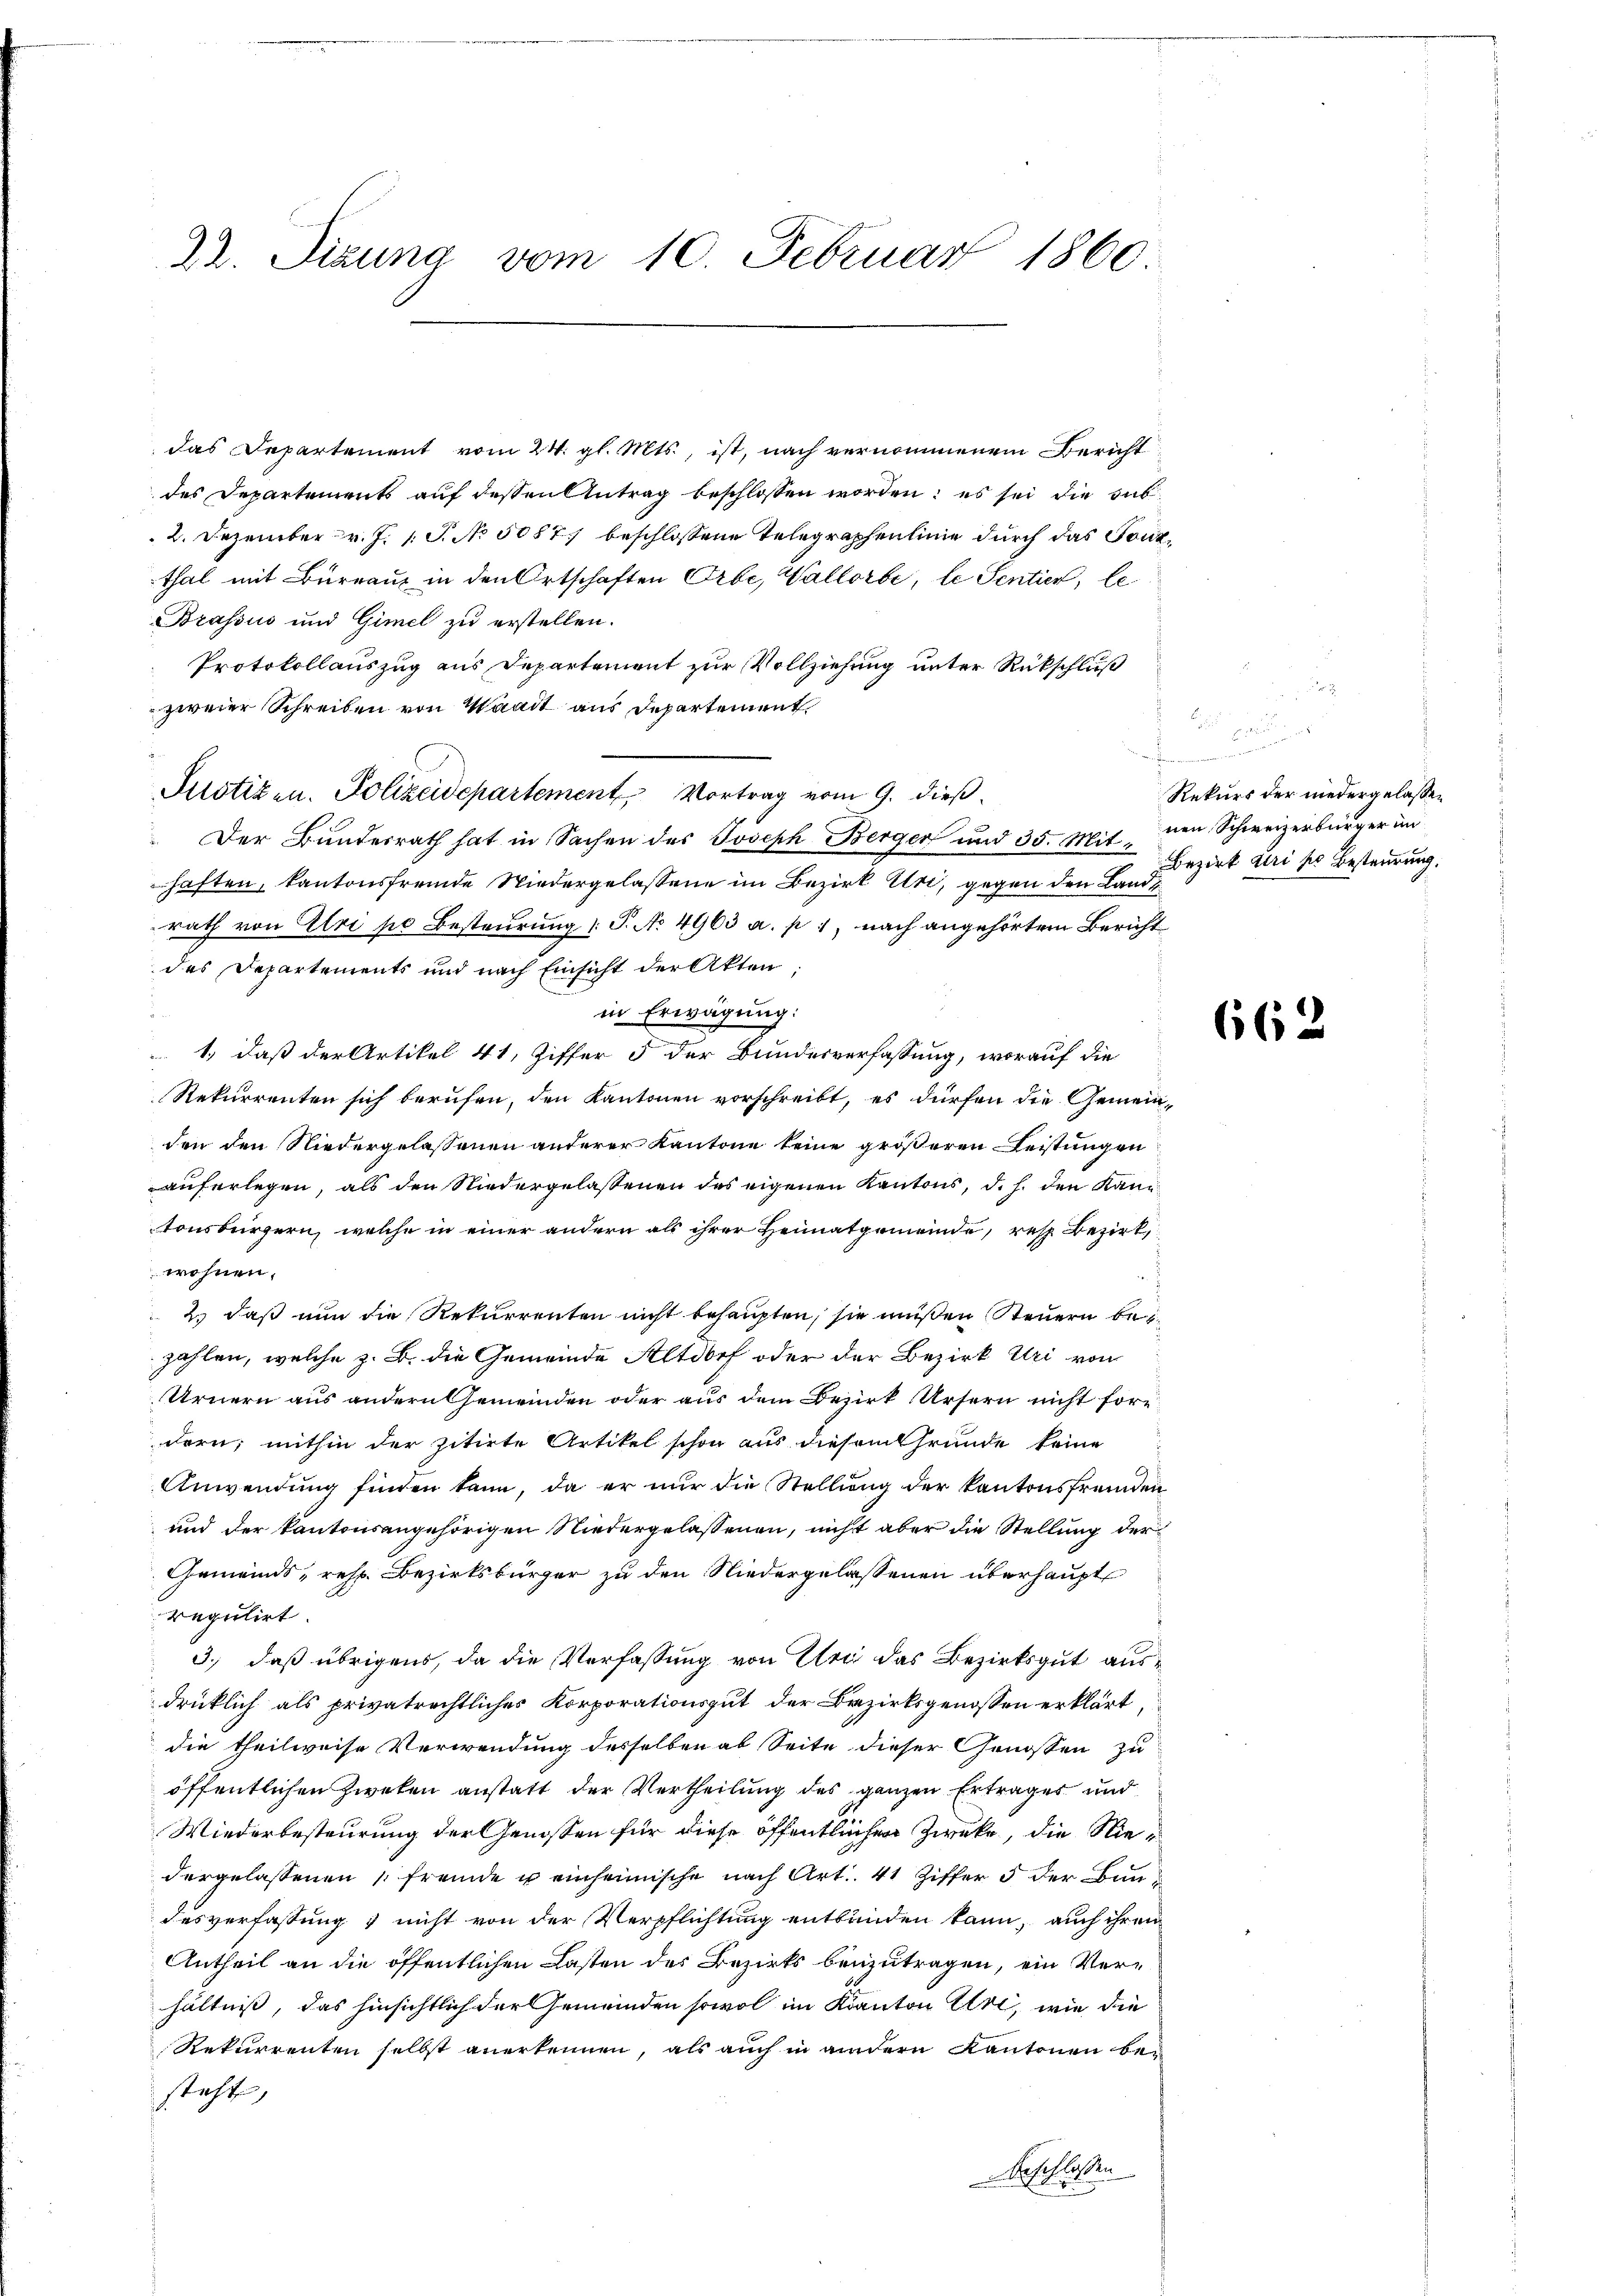
22. Sitzung vom 10. Februar 1860

das Departement vom 24. gl. Mts., ist, nach vernommenem Bericht
des Departements auf dessen Antrag beschlossen worden; es sei die sub¬
2. Dezember v. J. 1 S. No 5087) beschlossene Telegraphenlinie durch das Tanzthal mit Burraus in den Ortschaften Orbe, Wallorbe, le Sentier, le¬
Brassus und Gimel zu erstellen.
Protokollauszug aus Departement zur Vollziehung unter Rückschluß
zweier Schreiben von Waadt aus Departement
Justizen. Polizeidepartement Vortrag vom 9. dieß.
Der Bundesrath hat in Sachen des Joseph Berger und 35. Mit Breit geri so Besteurung.
haften, kantonsfremde Niedergelassene im Bezirk Uri, gegen den Landrath von Elri po Besteurung (T. No. 4963 a. p. 1, nach angehörtem Bericht
des Departements und nach Einsicht der Akten
in Erwägung:
1., daß der Artikel 41, Ziffer 5 der Bundesverfassung, worauf die
Rekurrenten sich berufen, den Kantonen vorschreibt, es dürfen die Gemeinden den Niedergelassenen anderer Kantone keine größeren Leistungen
auferlegen, als den Niedergelassenen des eigenen Kantons, d. h. den Kantonsbürgern, welche in einer andern als ihrer Heimatgemeinde, resp. Bezirk,
wohnen.
2.) daß nun die Rekurrenten nicht behaupten, sie müßen Steuern bei
zahlen, welche z. B. die Gemeinde Altdorf oder der Bezirk Uri von
Urnern aus andern Gemeinden oder aus dem Bezirk Ursern nicht höre
dern, mithin der zitirte Artikel schon aus diesem Grunde keine
Anwendung finden kann, da er nur die Stellung der Kantonsfremden
und der kantonsangehörigen Niedergelassenen, nicht aber die Stellung der
Gemeinds, resp. Bezirksbürger zu den Niedergelassenen überhaupt
regulirt.
3.) daß übrigens, da die Verfassung von Wer das Bezirksgut ausdrücklich als privatrechtliches Korporationsgut der Bezirksgenossen erklärt,
die theilweise Verwendung desselben ab Seite dieser Genossen zu
öffentlichen Zweken anstatt der Vertheilung des ganzen Ertrages und
Wiederbesteurung der Genossen für diese öffentlichen Zwecke, die Niedergelassenen (fremde u einheimische nach Art. 41 Ziffer 5 der Bundesverfassung & nicht von der Verpflichtung entbunden kann, auch ihren
Antheil an die öffentlichen Lasten des Bezirks beizutragen, ein Verhältniß, das hinsichtlich der Gemeinden sowol im Kanton Uri, wie die
Rekurrenten selbst anerkennen, als auch in andern Kantonen besteht,
beschlossen

a
u
unnen der in der
Rekurs der niedergelassen
nen Schweizerbürger in

662